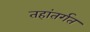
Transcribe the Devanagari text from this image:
तहांतर्गत